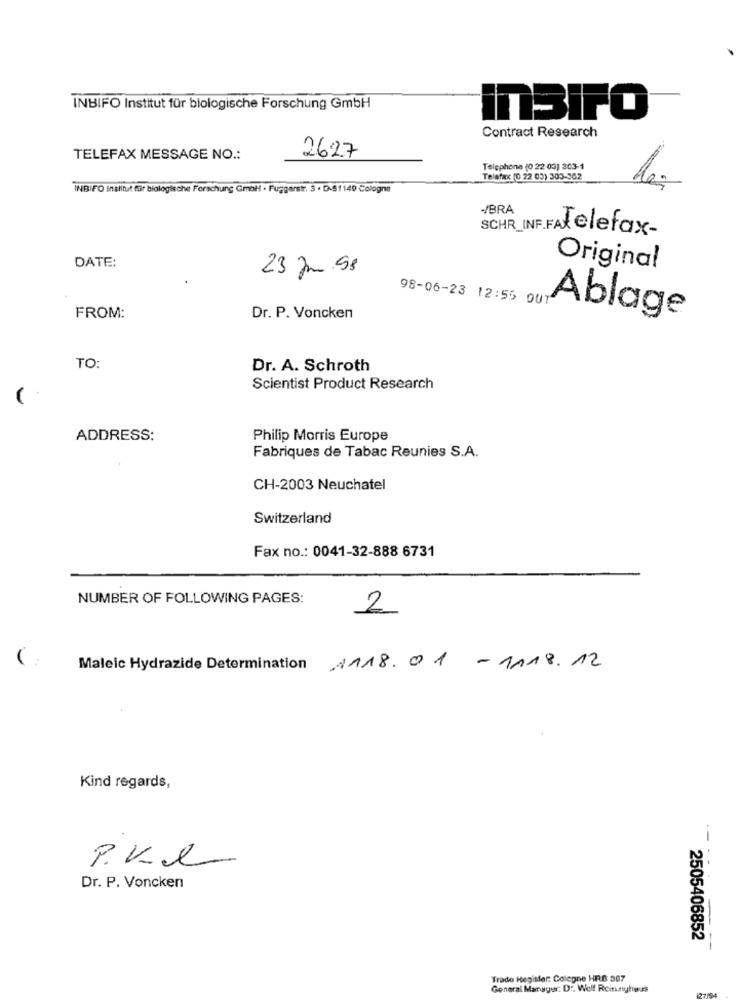
INBIFO Institut für biologische Forschung GmbH
inSIFO
Contract Research
TELEFAX MESSAGE NO .:
2627
Telephone (0 22 03) 303-1
Telefax: (0 22 03) 303-362
INBIFO Institut für biologische Forschung GmbH · Fuggerstr. 3 · D-51149 Cologne
-/BRA
SCHR INF.FAtelefax-
DATE:
23 pm .98
Original
98-06-23 12:55 OUT
FROM:
Dr. P. Voncken
Ablage
TO:
Dr. A. Schroth
Scientist Product Research
ADDRESS:
Philip Morris Europe
Fabriques de Tabac Reunies S.A.
CH-2003 Neuchatel
Switzerland
Fax no .: 0041-32-888 6731
NUMBER OF FOLLOWING PAGES:
2
Maleic Hydrazide Determination
1118.01 - 1118.12
Kind regards,
Dr. P. Voncken
2505406852
Trade Register: Cologne HRB 307
General Manager: D .. Wolf Rcinnyhaus